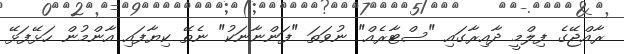
ރާއްޖޭގެ ފިލްމީ ދާއިރާގައި "ސްޓާރެއް" ނުވަތަ "ފަންނާނަކު" ނެތޭ ކިޔާފައި އާންމުން ހަޅޭފަޅޭ